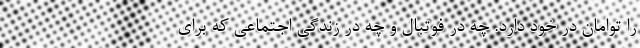
را توامان در خود دارد. چه در فوتبال و چه در زندگی اجتماعی که برای